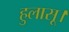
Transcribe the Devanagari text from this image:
हुलासू।